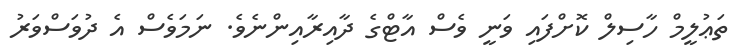
ތަޢުލީމް ހާސިލް ކޮށްފައި ވަނީ ވެސް އާޓްގެ ދާއިރާއިންނެވެ. ނަމަވެސް އެ ދުވަސްވަރު